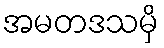
အမတဒသမှိ